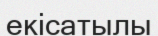
екісатылы